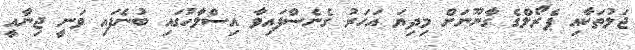
ޖަލުތަކާއި ޕެރޯލްގެ ގާނޫނަށް މިދިޔަ އަހަރު ގެނެސްފައިވާ އިސްލާހުގައި ބުނެފައި ވަނީ ޖިނާއީ